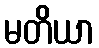
မတိယာ